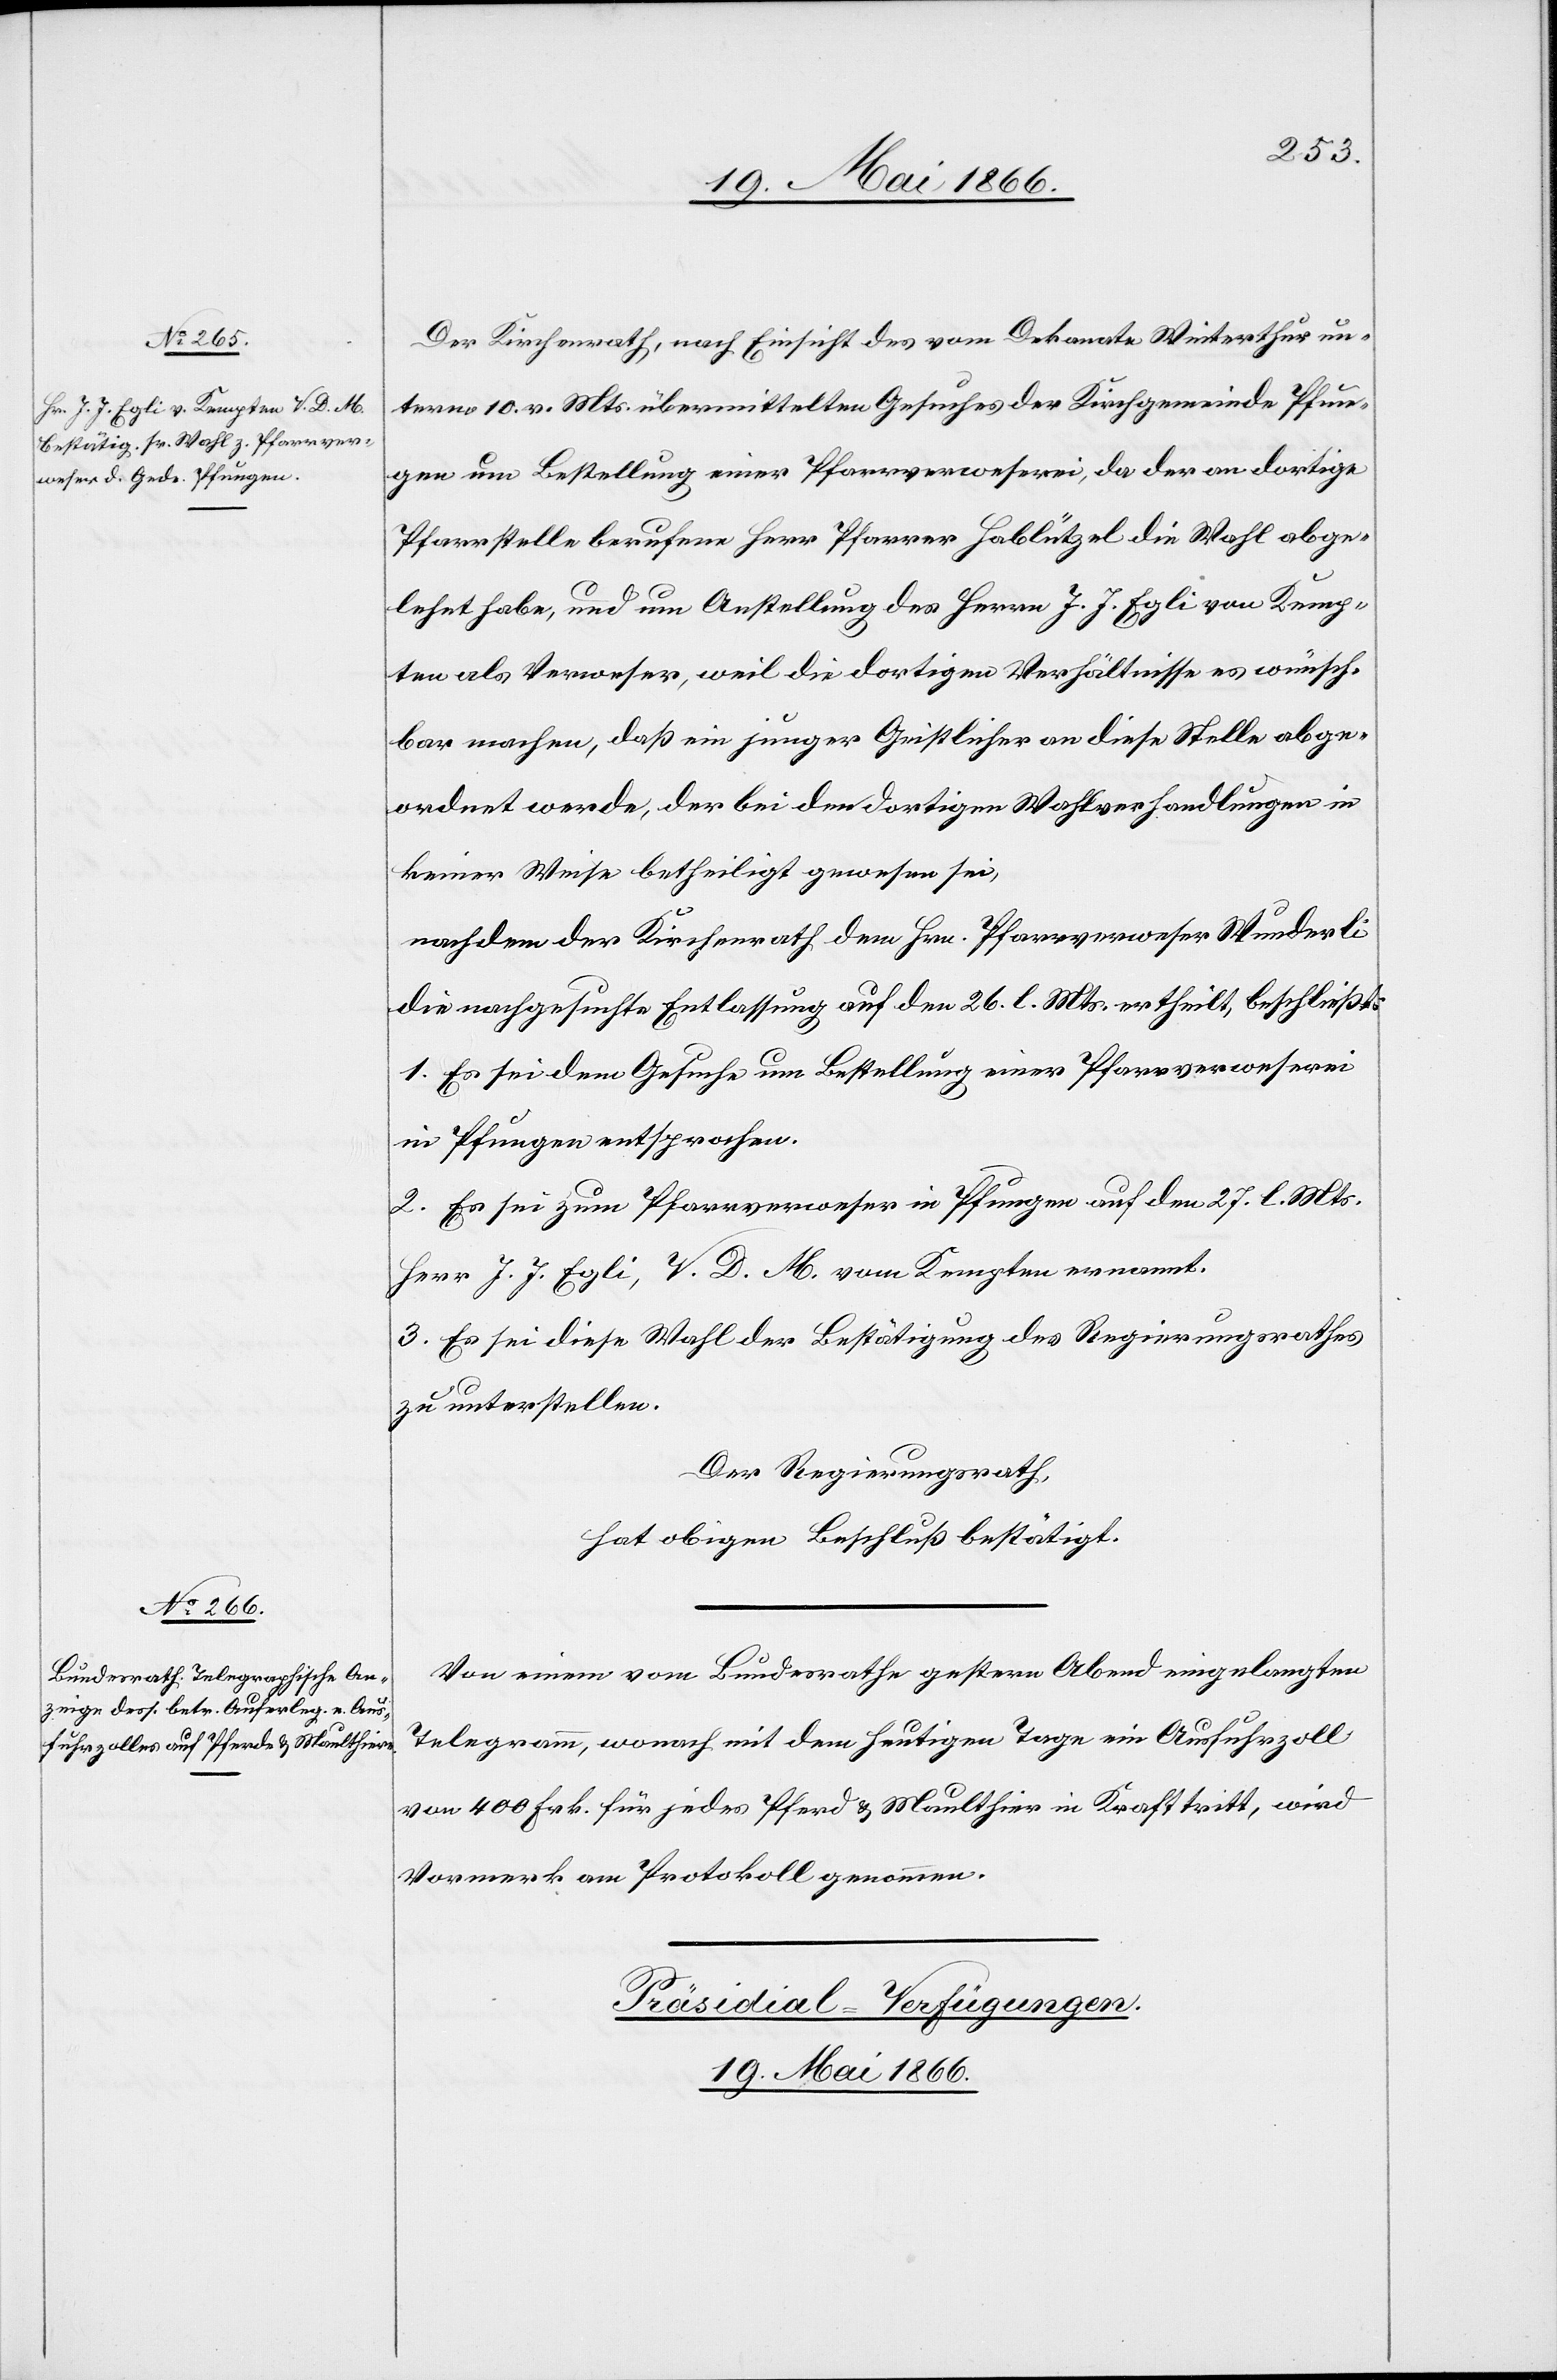
Der Kirchenrath, nach Einsicht des vom Dekanate Winterthur un¬
term 10. v. Mts übermittelten Gesuches der Kirchgemeinde Pfun¬
gen um Bestellung einer Pfarrverweserei, da der an dortige
Pfarrstelle berufene Herr Pfarrer Hablützel die Wahl abge¬
lehnt habe, und um Anstellung des Herrn J. J. Egli von Kemp¬
ten als Verweser, weil die dortigen Verhältnisse es wünsch¬
bar machen, daß ein junger Geistlicher an diese Stelle abge¬
ordnet werde, der bei den dortigen Wahlverhandlungen in
keiner Weise betheiligt gewesen sei,
nachdem der Kirchenrath dem Hrn. Pfarrverweser Wunderli
die nachgesuchte Entlassung auf den 16. l. Mts. ertheilt, beschließt:
1. Es sei dem Gesuche um Bestellung einer Pfarrverweserei
in Pfungen entsprochen.
2. Es sei zum Pfarrverweser in Pfungen auf den 27. l. Mts.
Herr J. J. Egli, V. D. M. von Kempten ernannt.
3. Es sei diese Wahl der Bestätigung des Regierungsrathes
zu unterstellen.
Der Regierungsrath,
hat obigen Beschluß bestätigt.
Von einem von Bundesrathe gestern Abend eingelangten
Telegramm, wonach mit dem heutigen Tage ein Ausfuhrzoll
von 400 Frk. für jedes Pferd u. Maulthier in Kraft tritt, wird
Vormerk am Protokoll genommen.
Präsidial-Verfügungen.
19. Mai 1866.